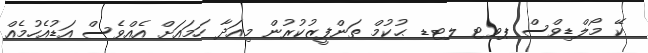
ކޭ މޯލްޑިވްސް ޕވޓ ލޓޑ ޙުކުމް ތަންފީޒުކުރުން މިއަދާ ހަމައަށް އެއްވެސް އަޑުއެހުމެއް